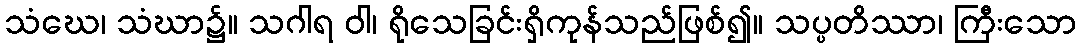
သံဃေ၊ သံဃာ၌။ သဂါရ ဝါ၊ ရိုသေခြင်းရှိကုန်သည်ဖြစ်၍။ သပ္ပတိဿာ၊ ကြီးသော